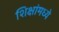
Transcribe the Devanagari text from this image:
शिक्षांमध्ये